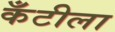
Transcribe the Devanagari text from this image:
कँटीला